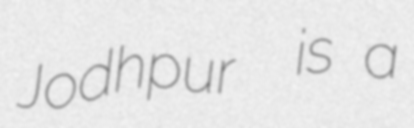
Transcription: Jodhpur  is a